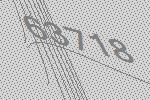
63718